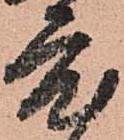
度